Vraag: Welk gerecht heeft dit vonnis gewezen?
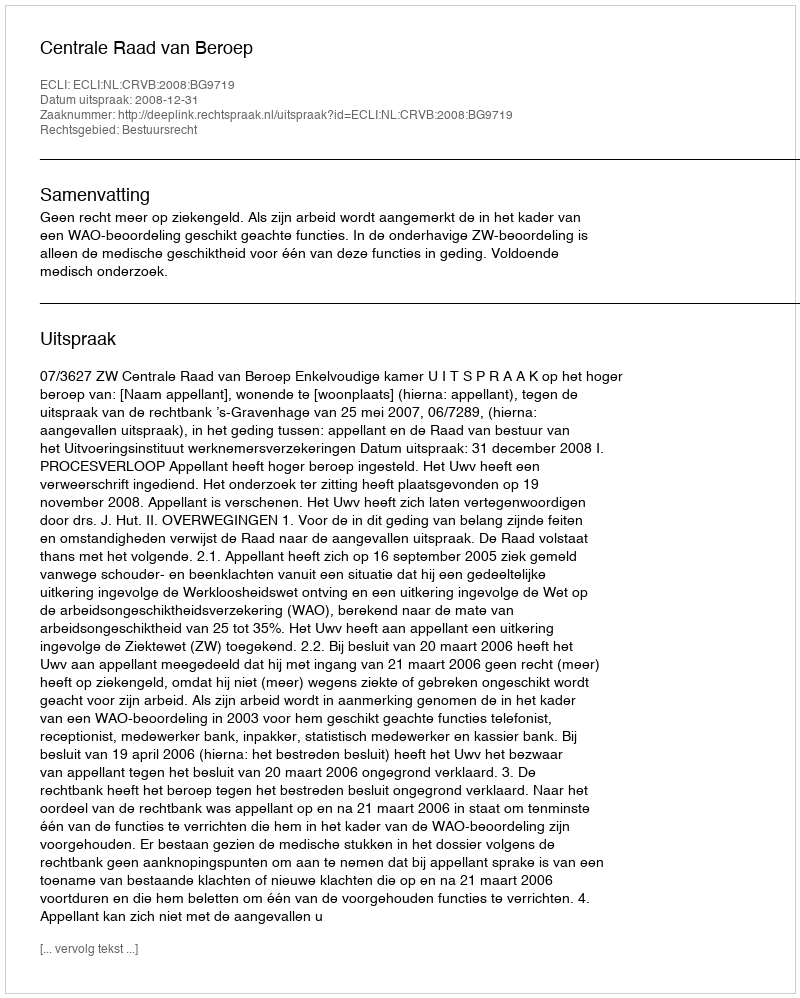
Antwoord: Centrale Raad van Beroep